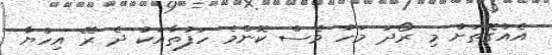
އެއްގޮތަށް މި ރޯދަ މަހު ވެސް ކޮންމެ ހަފުތާއަކު ދެ ރޭ އިހްޔާ